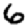
Digit: 6